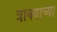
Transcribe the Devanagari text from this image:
त्राक्याच्या